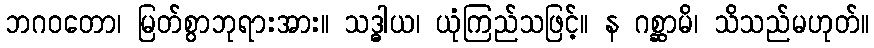
ဘဂဝတော၊ မြတ်စွာဘုရားအား။ သဒ္ဓါယ၊ ယုံကြည်သဖြင့်။ န ဂစ္ဆာမိ၊ သိသည်မဟုတ်။